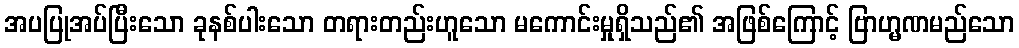
အပပြုအပ်ပြီးသော ခုနစ်ပါးသော တရားတည်းဟူသော မကောင်းမှုရှိသည်၏ အဖြစ်ကြောင့် ဗြာဟ္မဏမည်သော